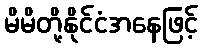
မိမိတို့နိုင်ငံအနေဖြင့်